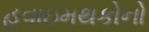
હવાઇમથકોનો